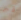
قبر